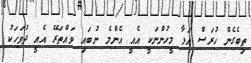
ތިބެގެން ހުރަސް އަޅާ މީހުންނަކީ އެއީ އެންމެ ނުބައި ވައްތަރޭ އެއީ ދުވަހަކު